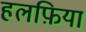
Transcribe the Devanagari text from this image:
हलफ़िया